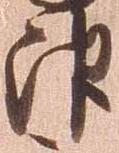
津